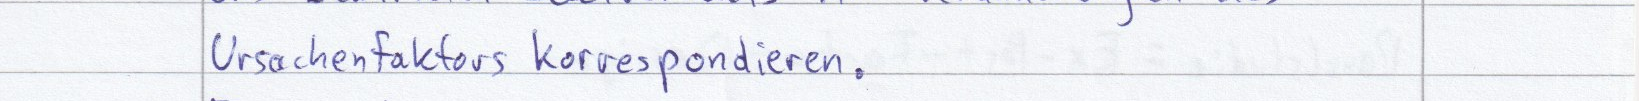
Ursachenfaktors korrespondieren.